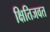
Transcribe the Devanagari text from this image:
क्षितिजवत